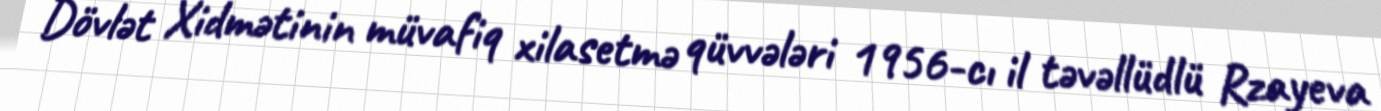
Dövlət Xidmətinin müvafiq xilasetmə qüvvələri 1956-cı il təvəllüdlü Rzayeva